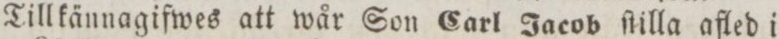
Tillkännagifwes att wår Son Carl Jacob ſtilla afled i